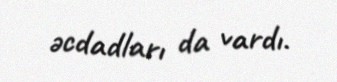
əcdadları da vardı.